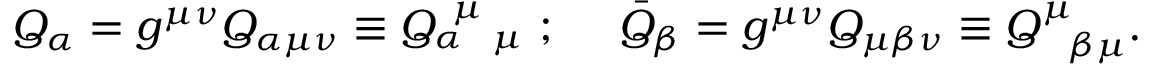
Q _ { \alpha } = g ^ { \mu \nu } Q _ { \alpha \mu \nu } \equiv Q _ { \alpha ~ ~ \mu } ^ { ~ \mu ~ } ~ ; ~ ~ ~ ~ \bar { Q } _ { \beta } = g ^ { \mu \nu } Q _ { \mu \beta \nu } \equiv Q _ { ~ ~ \beta \mu } ^ { \mu } .